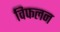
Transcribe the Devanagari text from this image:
विफलन